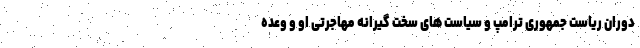
دوران ریاست جمهوری ترامپ و سیاست های سخت گیرانه مهاجرتی او و وعده